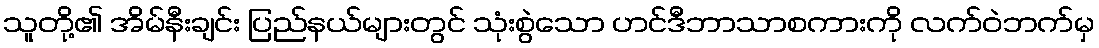
သူတို့၏ အိမ်နီးချင်း ပြည်နယ်များတွင် သုံးစွဲသော ဟင်ဒီဘာသာစကားကို လက်ဝဲဘက်မှ